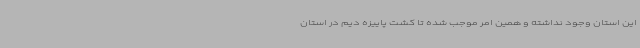
این استان وجود نداشته و همین امر موجب شده تا کشت پاییزه دیم در استان